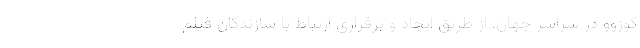
کوزوو در سراسر جهان، از طریق ایجاد و برقراری ارتباط با سازندگان فیلم